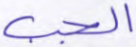
الجب